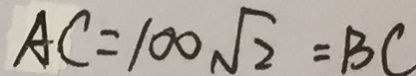
A C = 1 0 0 \sqrt { 2 } = B C